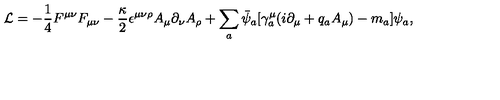
{ \cal L } = - \frac { 1 } { 4 } F ^ { \mu \nu } F _ { \mu \nu } - \frac { \kappa } { 2 } \epsilon ^ { \mu \nu \rho } A _ { \mu } \partial _ { \nu } A _ { \rho } + \sum _ { a } \bar { \psi } _ { a } [ \gamma _ { a } ^ { \mu } ( i \partial _ { \mu } + q _ { a } A _ { \mu } ) - m _ { a } ] \psi _ { a } ,